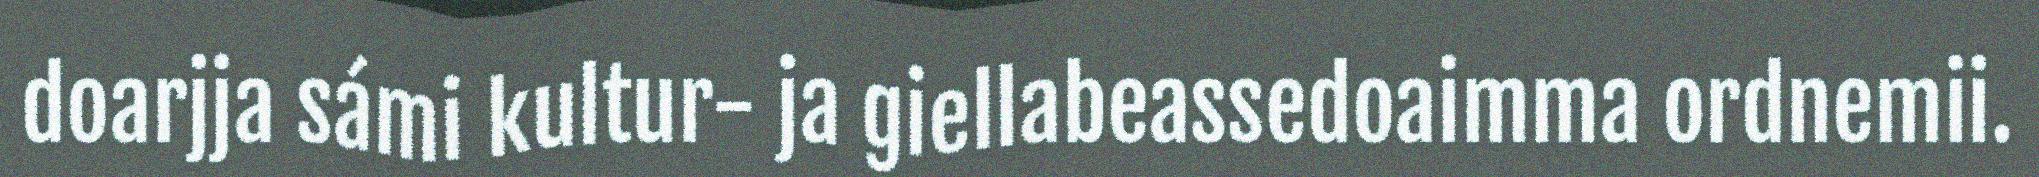
doarjja sámi kultur- ja giellabeassedoaimma ordnemii.